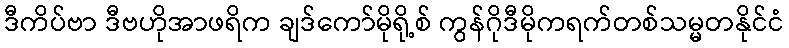
ဒီကိပ်ဗာ ဒီဗဟိုအာဖရိက ချဒ်ကော်မိုရို့စ် ကွန်ဂိုဒီမိုကရက်တစ်သမ္မတနိုင်ငံ